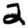
Digit: 2